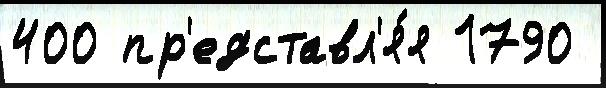
400 пр'едставл'я́я 1790